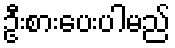
ဦးစားပေးပါမည်